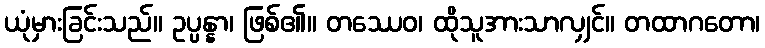
ယုံမှားခြင်းသည်။ ဥပ္ပန္နာ၊ ဖြစ်၏။ တဿေဝ၊ ထိုသူအားသာလျှင်။ တထာဂတော၊